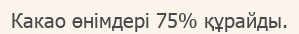
Какао өнімдері 75% құрайды.